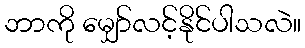
ဘာကို မျှော်လင့်နိုင်ပါသလဲ။